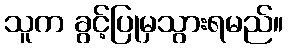
သူက ခွင့်ပြုမှသွားရမည်။